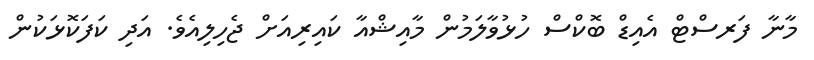
މާނާ ފަރސްޓް އެއިޑް ބޮކްސް ހުޅުވާލަމުން މާއިޝްއާ ކައިރިއަށް ޖެހިލިއެވެ. އަދި ކަފަކޮޅަކުން